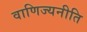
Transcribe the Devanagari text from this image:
वाणिज्यनीति